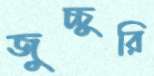
জুচ্চুরি